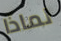
لماذا